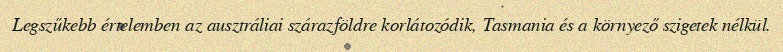
Legszűkebb értelemben az ausztráliai szárazföldre korlátozódik, Tasmania és a környező szigetek nélkül.